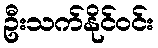
ဦးသက်နိုင်ဝင်း